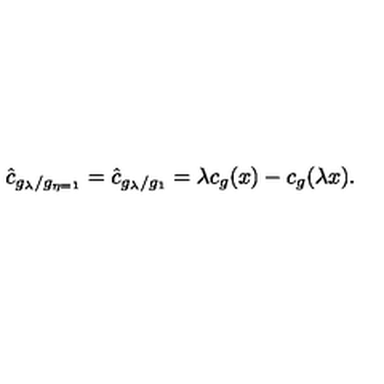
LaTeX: \hat { c } _ { g _ { \lambda } / g _ { \eta = 1 } } = \hat { c } _ { g _ { \lambda } / g _ { 1 } } = \lambda c _ { g } ( x ) - c _ { g } ( \lambda x ) .